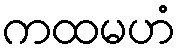
ကထမဟံ